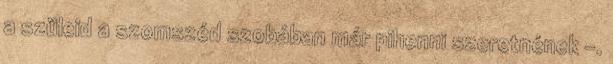
a szüleid a szomszéd szobában már pihenni szeretnének -.